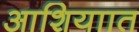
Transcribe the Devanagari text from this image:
आशियाात